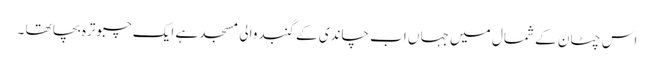
اس چٹان کے شمال میں جہا ں اب چاندی کے گنبدوالی مسجد ہے ایک چبوترہ بچا تھا ۔